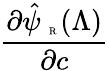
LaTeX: \frac{\partial\hat{\psi}_{\mathrm{~\tiny~R~}}(\Lambda)}{\partial{c}}